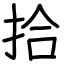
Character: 拾